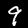
Label: 9